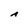
Character: A